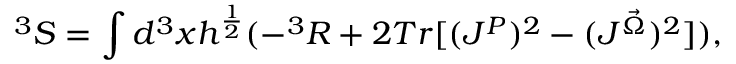
^ 3 S = \int d ^ { 3 } x h ^ { \frac { 1 } { 2 } } ( - ^ { 3 } R + 2 T r [ ( J ^ { P } ) ^ { 2 } - ( J ^ { \vec { \Omega } } ) ^ { 2 } ] ) ,